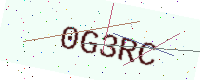
Text: 0G3RC